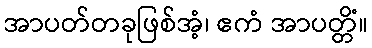
အာပတ်တခုဖြစ်အံ့၊ ဧကံ အာပတ္တိံ။